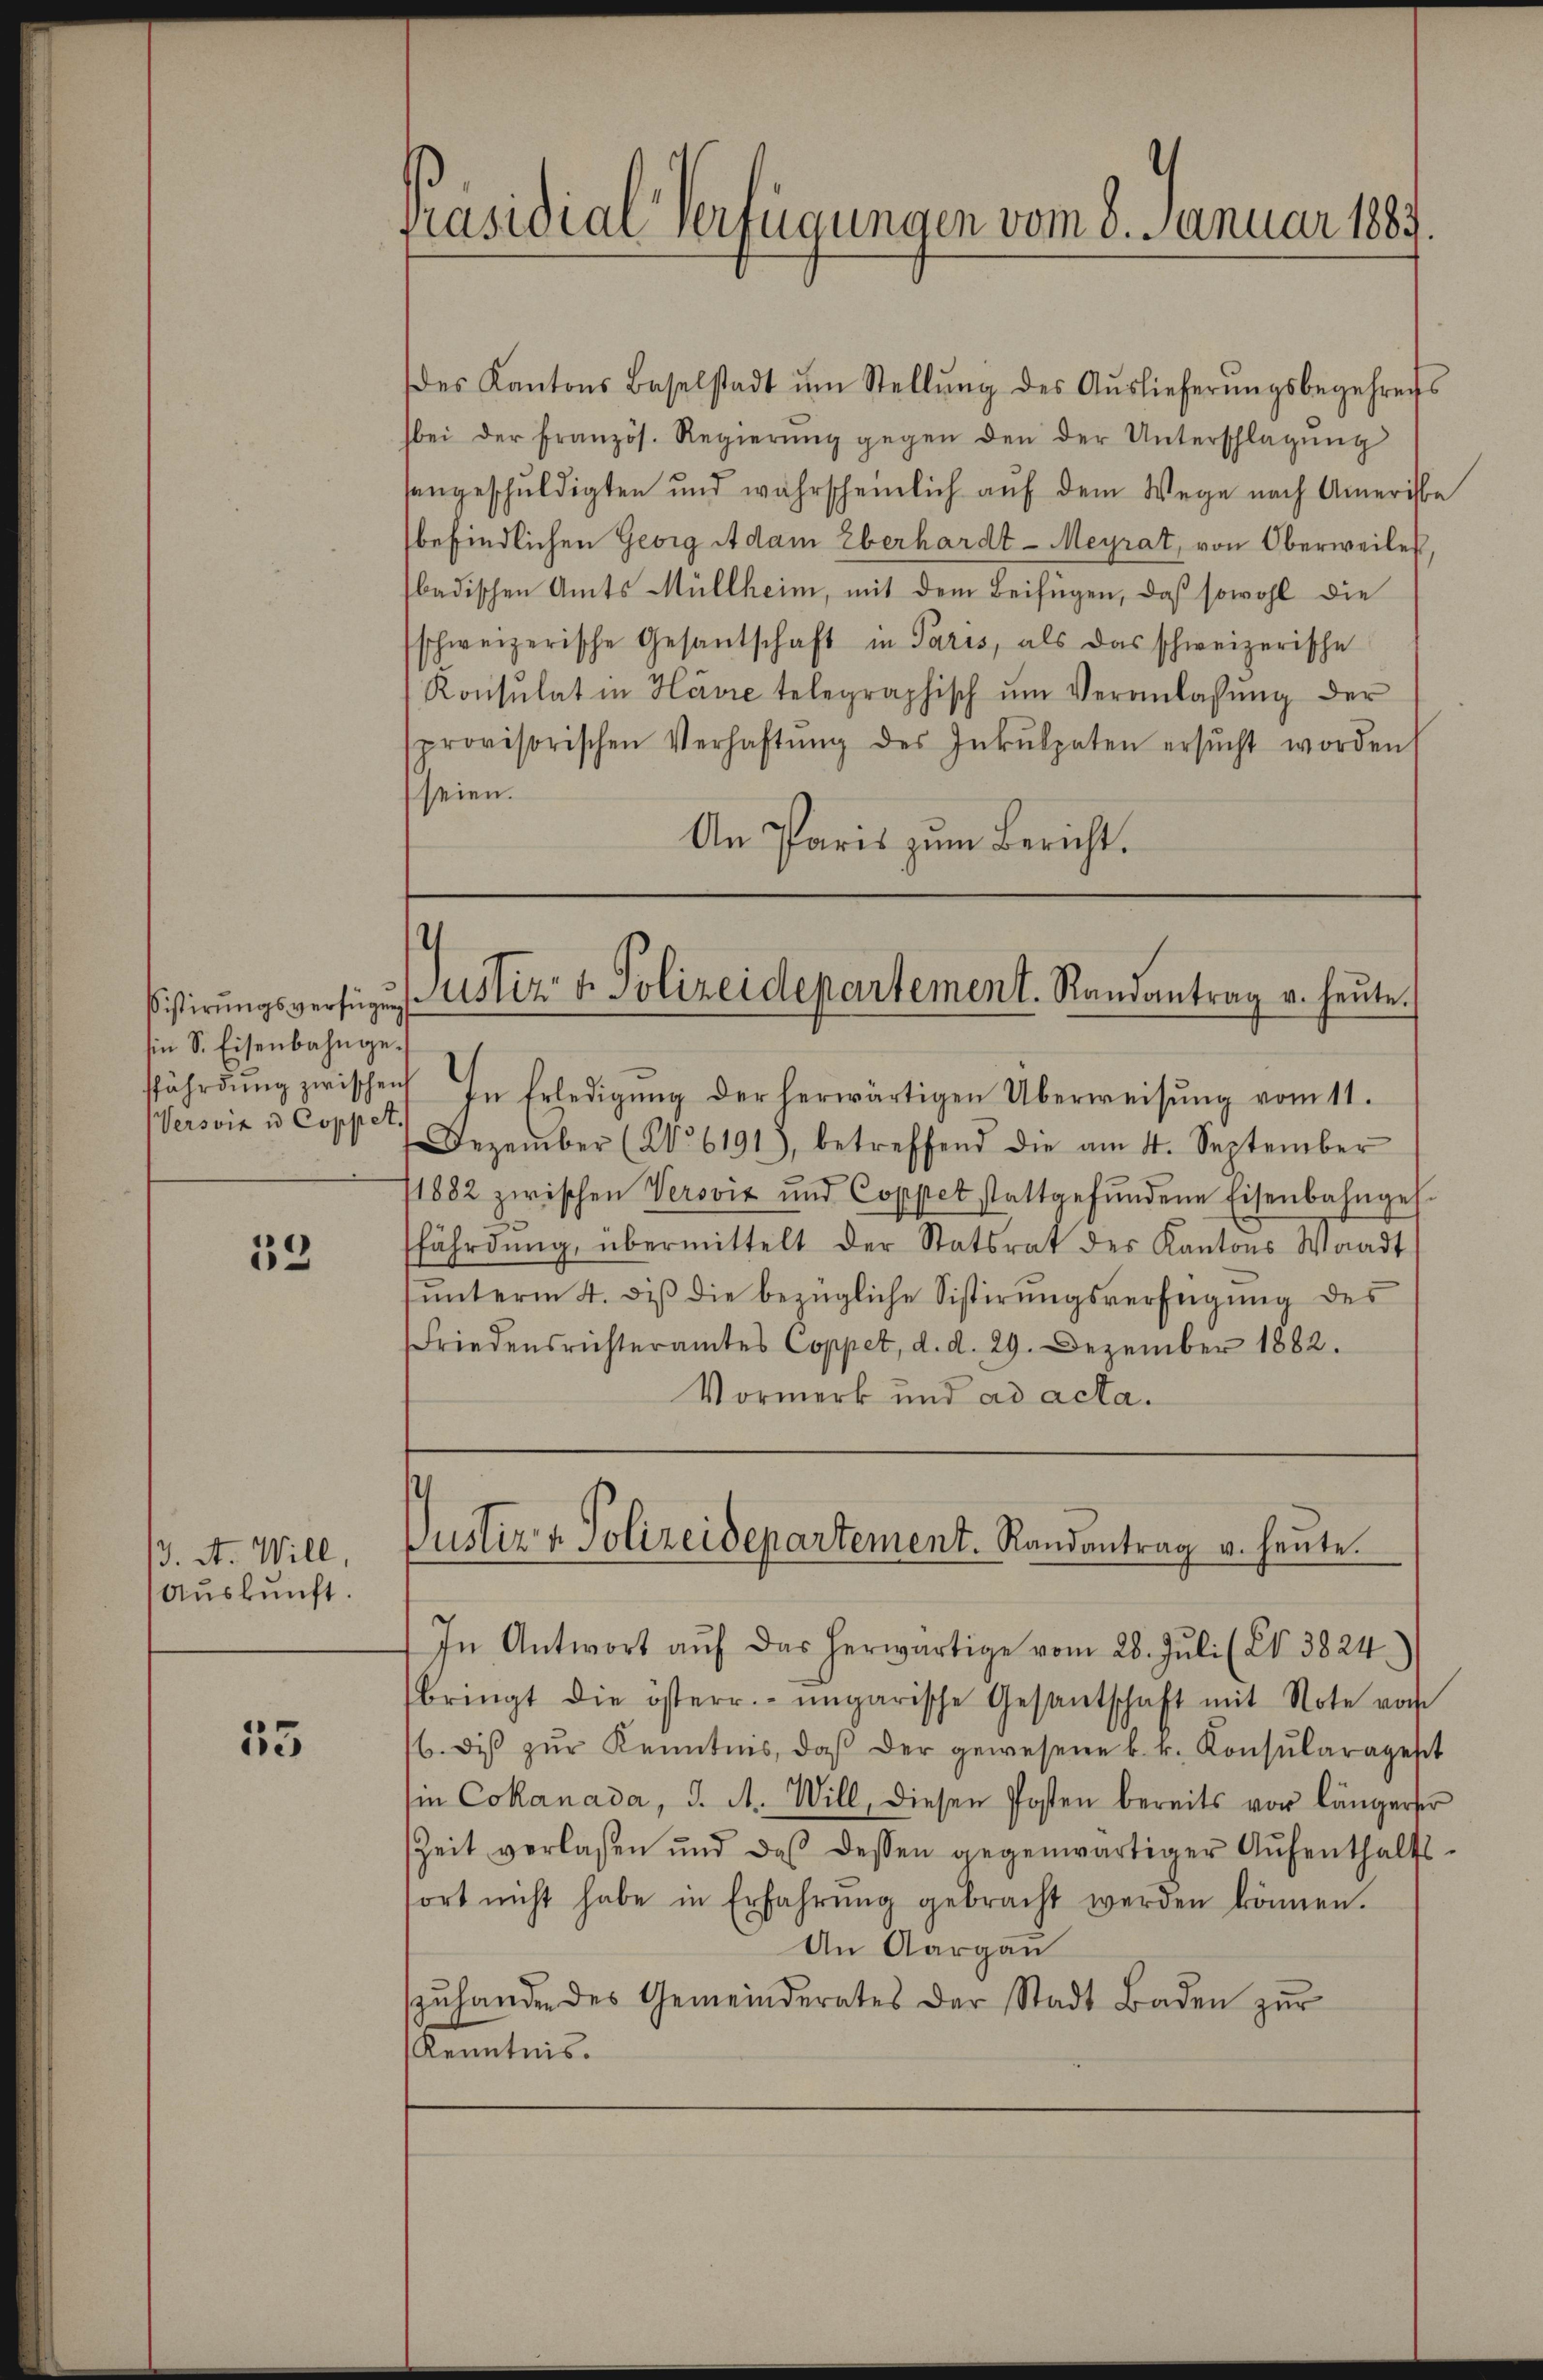
sin S. Eisenbahnge¬
Versvie u Coppet.

33

3. A. Will,
Aŭskŭnft.

35

Präsidial-Verfügungen vom 8. Januar 1883.

des Kantons Baselstadt ŭm Stellŭng des Aŭslieferŭngsbegehrens
bei der Französ. Regierŭng gegen den der Unterschlagŭng
sangeschuldigten und wahrscheinlich aŭf dem Wege nach Ameriste
befindlichen Georg Adam Eberhardt-Meyrat, von Oberweiles
badischen Amts Müllheim, mit dem Beifügen, daß sowohl die
schweizerische Gesantschaft in Paris, als das schweizerische
Konsulat in Havre telegraphisch ŭm Veranlassŭng der
sprovisorischen Verhaftŭng des Inkulpaten ersŭcht worden
seien.
An Paris zum Bericht.

.
sistirŭngsverfügŭng Uster v. Polizeidepartement. Randantrag u. heute.

ffährdŭng zwischen In Erledigŭng der herwärtigen Überweisŭng vom 11.
Dezember (N. 6191), betreffend die am 4. September
11882 zwischen Verović und Coppet stattgefŭndene Eisenbahnges.
fährdŭng, übermittelt der Statsrat des Kantons Waadt
ŭnterm 4. diβ die bezügliche Sistirŭngsverfügŭng des
Friedensrichteramtes Coppet, d. d. 29. Dezember 1882.
Vormerk und ad acta.

Justiz & Polizeidepartement. Randantrag v. heute.

In Antwort aŭf das herwärtige vom 28. Juli (Nr. 3824
bringt die österr. ungarische Gesantschaft mit Note vor
b. diβ zŭr Kenntnis, daβ der gewesene k. k. Konsŭlaragest
in Cokanada, J. A. Will, diesen Posten bereits vor längerer
Zeit verlaßen und daß dessen gegenwärtiger Aufenthaltssort nicht habe in Erfahrŭng gebracht werden können.
An Aargau
zŭhanden des Gemeinderates der Stadt Baden zŭr
Kenntnis.